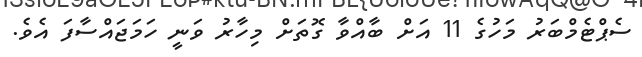
ސެޕްޓެމްބަރު މަހުގެ 11 އަށް ބާއްވާ ގޮތަށް މިހާރު ވަނީ ހަމަޖައްސާފަ އެވެ.